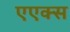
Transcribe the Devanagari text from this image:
एएक्स